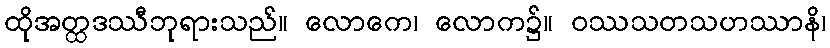
ထိုအတ္ထဒဿီဘုရားသည်။ လောကေ၊ လောက၌။ ဝဿသတသဟဿာနိ၊